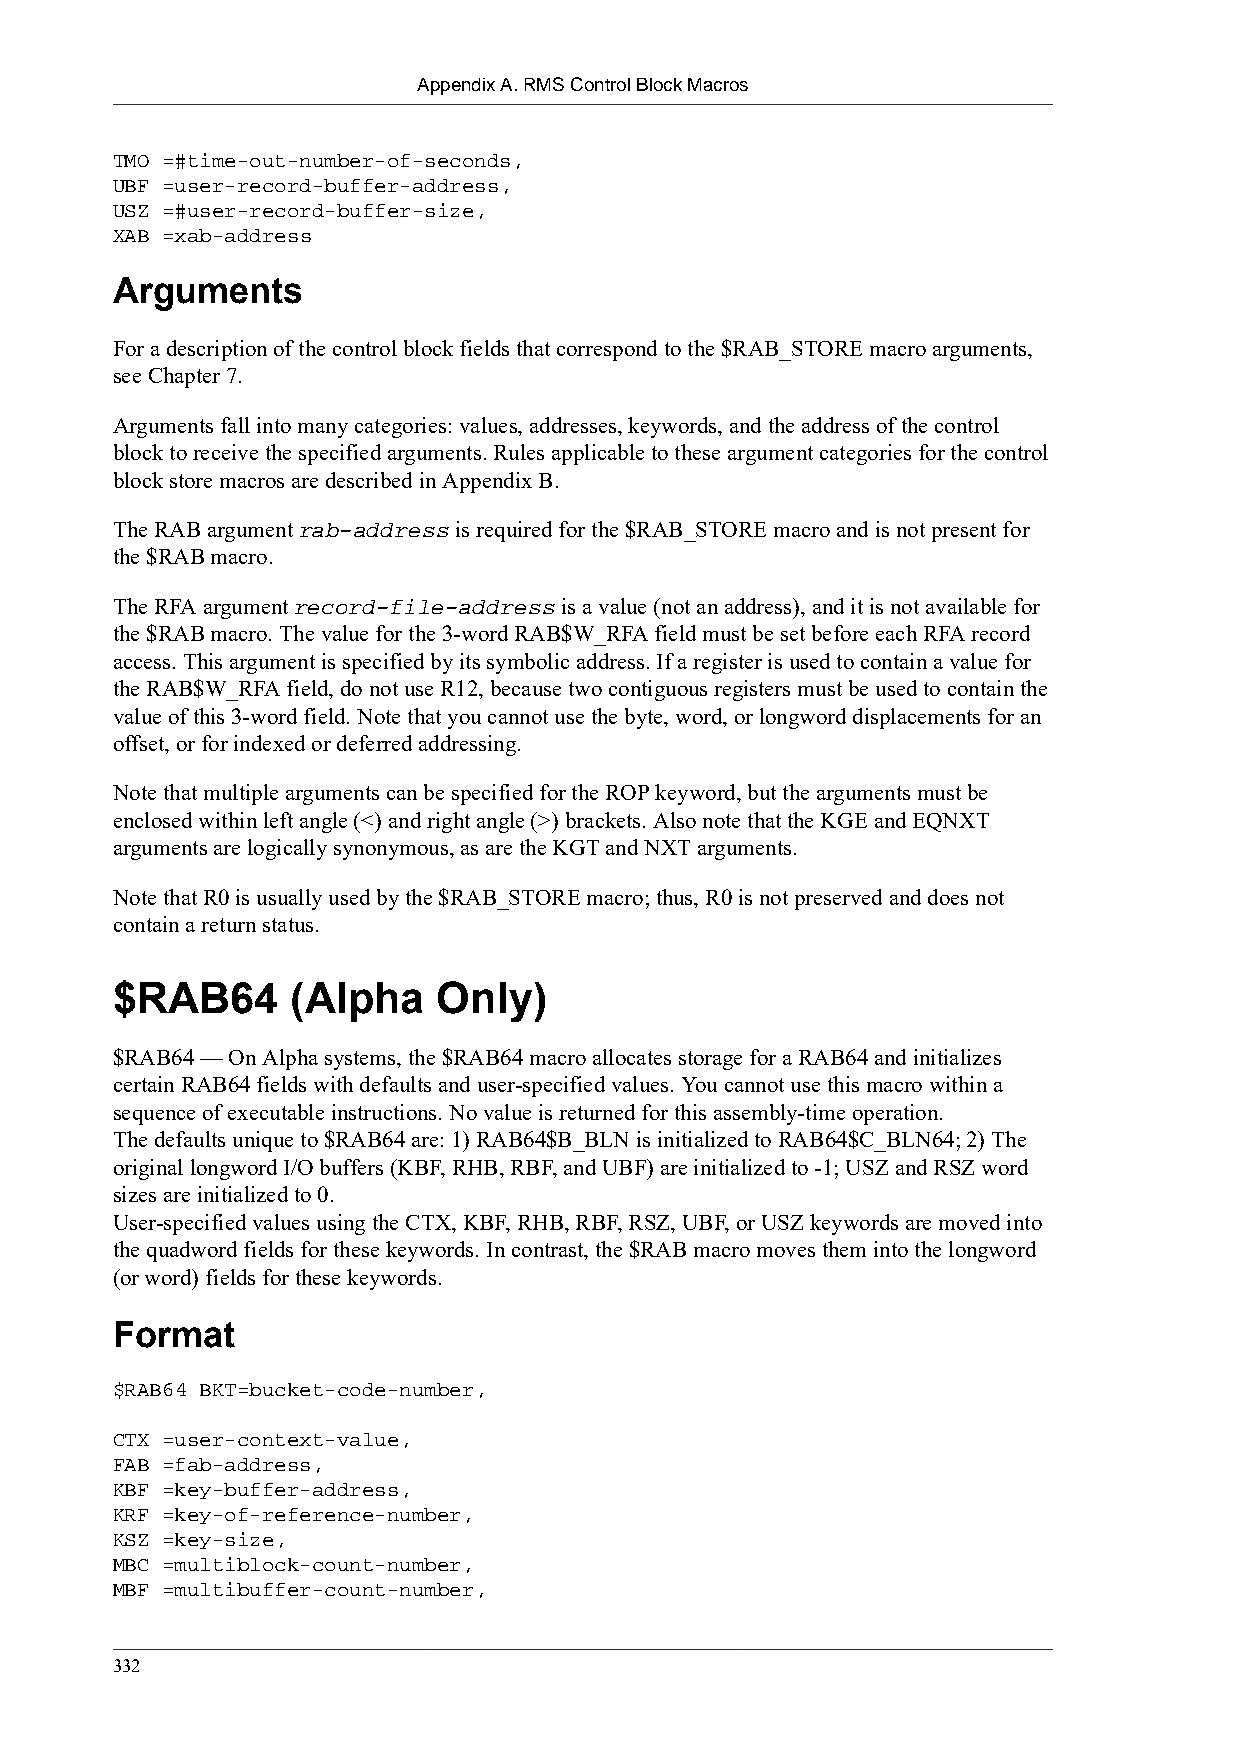
Appendix A. RMS Control Block Macros
 TMO =#time-out-number-of-seconds,
 UBF =user-record-buffer-address,
 USZ =#user-record-buffer-size,
 XAB =xab-address
 Arguments
 For a description of the control block fields that correspond to the $RAB_STORE macro arguments,
 see Chapter 7.
 Arguments fall into many categories: values, addresses, keywords, and the address of the control
 block to receive the specified arguments. Rules applicable to these argument categories for the control
 block store macros are described in Appendix B.
 The RAB argument rab-address is required for the $RAB_STORE macro and is not present for
 the $RAB macro.
 The RFA argument record-file-address is a value (not an address), and it is not available for
 the $RAB macro. The value for the 3-word RAB$W_RFA field must be set before each RFA record
 access. This argument is specified by its symbolic address. If a register is used to contain a value for
 the RAB$W_RFA field, do not use R12, because two contiguous registers must be used to contain the
 value of this 3-word field. Note that you cannot use the byte, word, or longword displacements for an
 offset, or for indexed or deferred addressing.
 Note that multiple arguments can be specified for the ROP keyword, but the arguments must be
 enclosed within left angle (<) and right angle (>) brackets. Also note that the KGE and EQNXT
 arguments are logically synonymous, as are the KGT and NXT arguments.
 Note that R0 is usually used by the $RAB_STORE macro; thus, R0 is not preserved and does not
 contain a return status.
 $RAB64      (Alpha    Only)
 $RAB64 — On Alpha systems, the $RAB64 macro allocates storage for a RAB64 and initializes
 certain RAB64 fields with defaults and user-specified values. You cannot use this macro within a
 sequence of executable instructions. No value is returned for this assembly-time operation.
 The defaults unique to $RAB64 are: 1) RAB64$B_BLN is initialized to RAB64$C_BLN64; 2) The
 original longword I/O buffers (KBF, RHB, RBF, and UBF) are initialized to -1; USZ and RSZ word
 sizes are initialized to 0.
 User-specified values using the CTX, KBF, RHB, RBF, RSZ, UBF, or USZ keywords are moved into
 the quadword fields for these keywords. In contrast, the $RAB macro moves them into the longword
 (or word) fields for these keywords.
 Format
 $RAB64 BKT=bucket-code-number,
 CTX =user-context-value,
 FAB =fab-address,
 KBF =key-buffer-address,
 KRF =key-of-reference-number,
 KSZ =key-size,
 MBC =multiblock-count-number,
 MBF =multibuffer-count-number,
 332